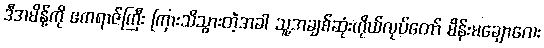
ဒီအမိန့်ကို ဧကရာဇ်ကြီး ကြားသိသွားတဲ့အခါ သူ့အချစ်ဆုံးကိုယ်လုပ်တော် မိန်းမချောလေး